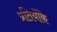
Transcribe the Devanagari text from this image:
प्रतियोंके